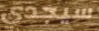
سيجدي